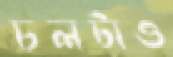
চলটাও